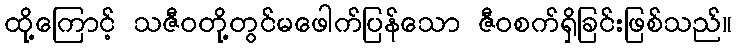
ထို့ကြောင့် သဇီဝတို့တွင်မဖေါက်ပြန်သော ဇီဝစက်ရှိခြင်းဖြစ်သည်။